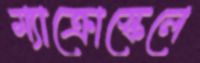
ম্যাক্রোস্কেলে